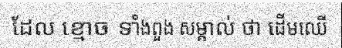
ដែល ខ្មោច ទាំងពួង សម្គាល់ ថា ដើមឈើ